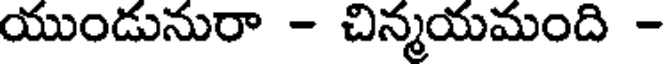
యుండునురా - చిన్మయమంది -